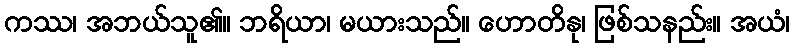
ကဿ၊ အဘယ်သူ၏။ ဘရိယာ၊ မယားသည်။ ဟောတိနု၊ ဖြစ်သနည်း။ အယံ၊